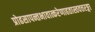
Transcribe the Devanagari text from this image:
प्रोढसापन्तभावात्करेणाहतास्तवत्तरङ्गा